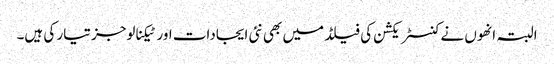
البتہ انھوں نے کنسٹریکشن کی فیلڈ میں بھی نئی ایجادات اور ٹیکنالوجز تیار کی ہیں۔